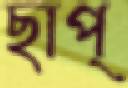
ছাপ্‌